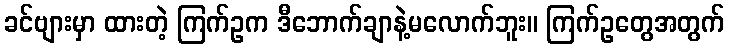
ခင်ဗျားမှာ ထားတဲ့ ကြက်ဥက ဒီဘောက်ချာနဲ့မလောက်ဘူး။ ကြက်ဥတွေအတွက်